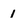
Character: 1